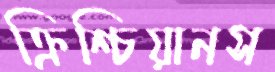
ক্রিশ্চিয়ানস